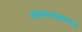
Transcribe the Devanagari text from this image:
आत्मस्वरूपात